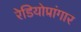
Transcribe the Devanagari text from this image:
रेडियोप्रांगार